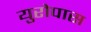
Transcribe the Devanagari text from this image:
युरोपास